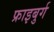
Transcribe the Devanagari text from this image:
फ्राइबुर्ग